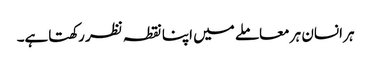
ہر انسان ہر معاملے میں اپنا نقطہ نظر رکھتاہے۔